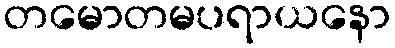
တမောတမပရာယနော